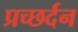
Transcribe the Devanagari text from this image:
प्रच्छर्दन